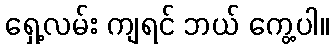
ရှေ့လမ်း ကျရင် ဘယ် ကွေ့ပါ။